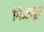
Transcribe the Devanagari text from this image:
गिज्झकूट